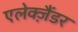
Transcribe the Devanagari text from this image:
एलेक्ज़ैंडर